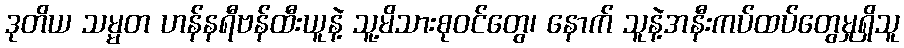
ဒုတိယ သမ္မတ ဟန်နရီဗန်ထီးယူနဲ့ သူ့မိသားစုဝင်တွေ၊ နောက် သူနဲ့အနီးကပ်ထပ်တွေမှုရှိသူ